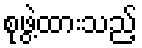
စုဖွဲ့ထားသည့်